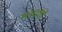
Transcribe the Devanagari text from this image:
मादकों